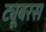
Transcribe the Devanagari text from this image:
ट्यूबरस